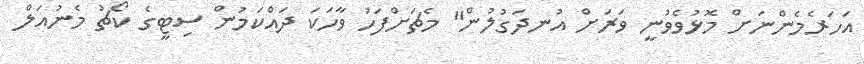
އަހަރެމެންނަށް މޮޅުވެވުނީ ވަރަށް އުނދަގުލުން" މެޗަށްފަހު ވާހަކަ ދައްކަމުން ސިޓީގެ ކޯޗު މެނުއަލް